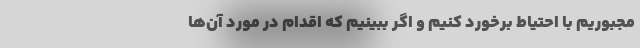
مجبوریم با احتیاط برخورد کنیم و اگر ببینیم که اقدام در مورد آن‌ها